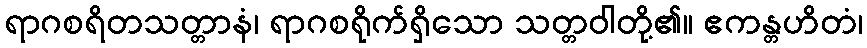
ရာဂစရိတသတ္တာနံ၊ ရာဂစရိုက်ရှိသော သတ္တဝါတို့၏။ ဧကန္တဟိတံ၊